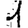
Digit: 1